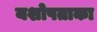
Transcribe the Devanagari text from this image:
यशोपताका